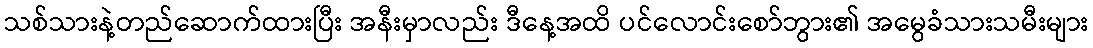
သစ်သားနဲ့တည်ဆောက်ထားပြီး အနီးမှာလည်း ဒီနေ့အထိ ပင်လောင်းစော်ဘွား၏ အမွေခံသားသမီးများ